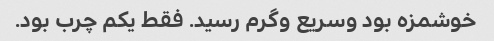
خوشمزه بود و‌سریع و‌گرم رسید. فقط یکم چرب بود.